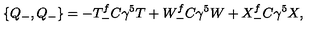
\{ Q _ { - } , Q _ { - } \} = - T _ { - } ^ { f } C \gamma ^ { 5 } T + W _ { - } ^ { f } C \gamma ^ { 5 } W + X _ { - } ^ { f } C \gamma ^ { 5 } X ,